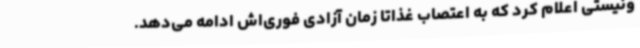
ونیستی اعلام کرد که به اعتصاب غذاتا زمان آزادی فوری‌اش ادامه می‌دهد.